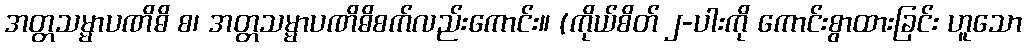
အတ္တသမ္မာပဏိဓိ စ၊ အတ္တသမ္မာပဏိဓိစက်လည်းကောင်း။ (ကိုယ်စိတ် ၂-ပါးကို ကောင်းစွာထားခြင်း ဟူသော